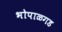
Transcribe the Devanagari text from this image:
भोपाळगड